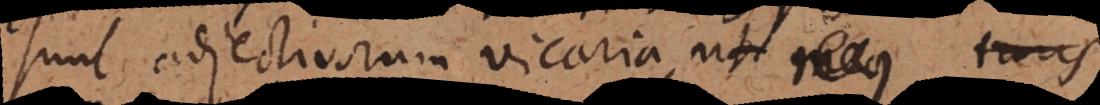
sunt adjectivorum vicaria, ut meus